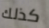
كذلك